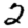
Digit: 2